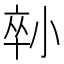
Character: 𡮇